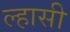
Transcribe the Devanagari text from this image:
ल्हासी